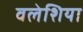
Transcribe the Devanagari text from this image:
वलेशिया